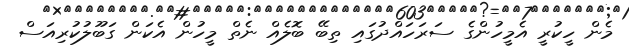
މެން ހީކުރީ އެމީހުންގެ ސަރަހައްދުގައި ތިބޭ ބޮލެއް ނެތް މީހުން އެކަން ގަބޫލުކުރިއަސް